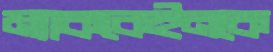
ম্যাককেইনকে